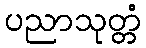
ပညာသုတ္တံ